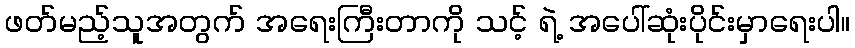
ဖတ်မည့်သူအတွက် အရေးကြီးတာကို သင့် ရဲ့ အပေါ်ဆုံးပိုင်းမှာရေးပါ။